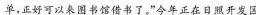
单，正好可以来图书馆借书了。”今年正在日照开发区